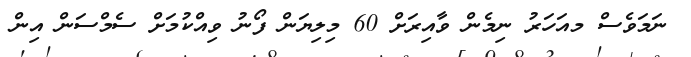
ނަމަވެސް މއަހަރު ނިމެން ވާއިރަށް 60 މިލިޔަން ފޯނު ވިއްކުމަށް ސެމްސަން އިން